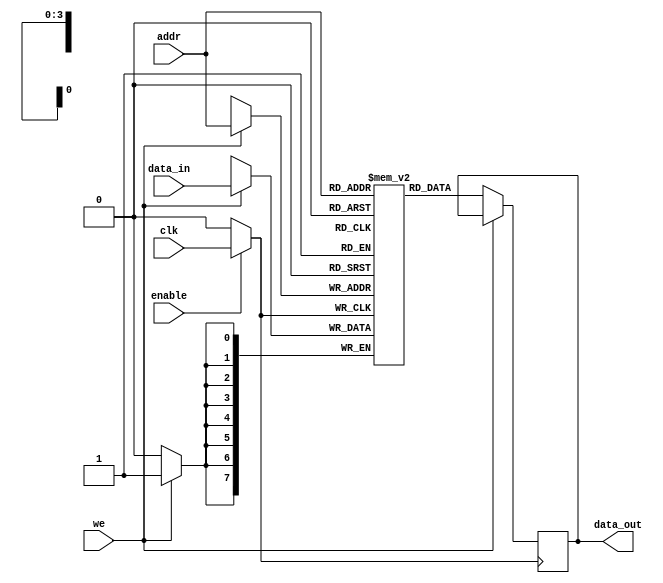
module clock_gated_memory (
    input wire clk,              // Input clock
    input wire enable,           // Enable signal
    input wire [7:0] data_in,    // Data input for write operations
    input wire [3:0] addr,       // Address input
    input wire we,               // Write enable signal
    output reg [7:0] data_out    // Data output for read operations
);

    // Memory storage (e.g., 16x8 SRAM)
    reg [7:0] memory [15:0];

    // Clock gating logic
    wire gated_clk;
    
    // Generate gated clock signal
    assign gated_clk = enable ? clk : 1'b0;

    // Memory operations
    always @(posedge gated_clk) begin
        if (we) begin
            // Write operation
            memory[addr] <= data_in;
        end
        else begin
            // Read operation
            data_out <= memory[addr];
        end
    end

endmodule